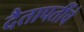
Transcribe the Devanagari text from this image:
दैतापतींचे